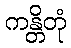
ကန္တိတုံ